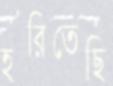
হরিতেছি